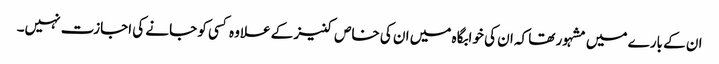
ان کے بارے میں مشہور تھا کہ ان کی خوابگاہ میں ان کی خاص کنیز کے علاوہ کسی کو جانے کی اجازت نہیں۔